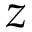
z